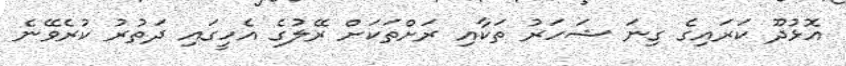
އޮޅުދޫ ކަރައިގެ ގިނަ ޝަހަރު ތަކާއި ރަށްތަކަށް ރޭލުގެ އެހީގައި ދަތުރު ކުރެވޭނެ